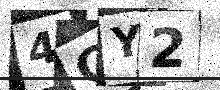
Text: 4CY2